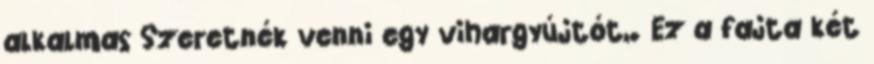
alkalmas Szeretnék venni egy vihargyújtót,. Ez a fajta két